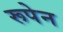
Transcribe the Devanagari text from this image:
रूपेन